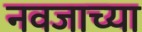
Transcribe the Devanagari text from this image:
नवजाच्या